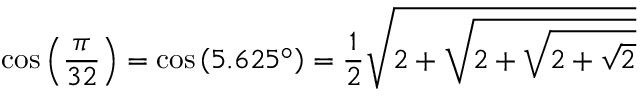
\cos \left( { \frac { \pi } { 3 2 } } \right) = \cos \left( 5 . 6 2 5 ^ { \circ } \right) = { \frac { 1 } { 2 } } { \sqrt { 2 + { \sqrt { 2 + { \sqrt { 2 + { \sqrt { 2 } } } } } } } }